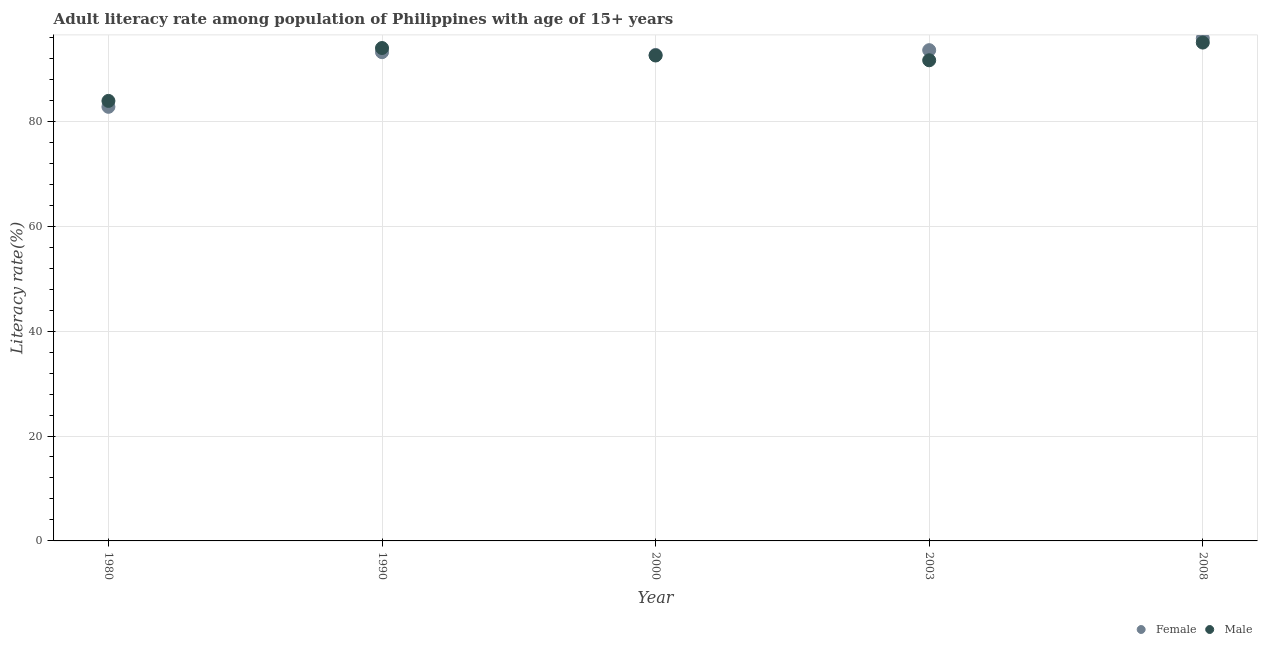
| Year | Female | Male |
 | --- | --- | --- |
 | 1980 | 82.8 | 83.9 |
 | 1990 | 93.2 | 94 |
 | 2000 | 92.7 | 92.5 |
 | 2003 | 93.6 | 91.6 |
 | 2008 | 95.8 | 95 |